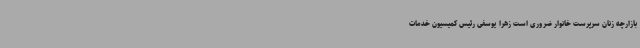
بازارچه زنان سرپرست خانوار ضروری است زهرا یوسفی رئیس کمیسیون خدمات